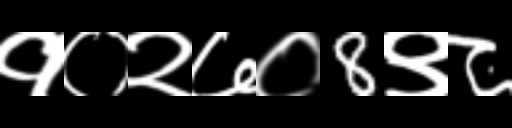
Text: १०२७०8९८